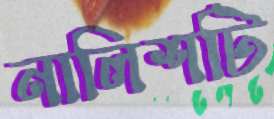
নালিশটি